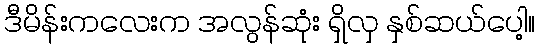
ဒီမိန်းကလေးက အလွန်ဆုံး ရှိလှ နှစ်ဆယ်ပေါ့။